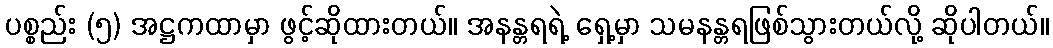
ပစ္စည်း (၅) အဋ္ဌကထာမှာ ဖွင့်ဆိုထားတယ်။ အနန္တရရဲ့ ရှေ့မှာ သမနန္တရဖြစ်သွားတယ်လို့ ဆိုပါတယ်။